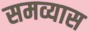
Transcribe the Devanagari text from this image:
समव्यास